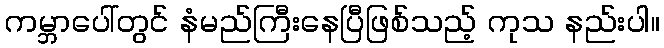
ကမ္ဘာပေါ်တွင် နံမည်ကြီးနေပြီဖြစ်သည့် ကုသ နည်းပါ။